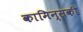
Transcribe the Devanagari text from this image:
कामिन्सकी